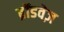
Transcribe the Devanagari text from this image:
ब्रॉडवेज़